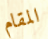
المقام